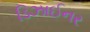
ડિઝાઈનર